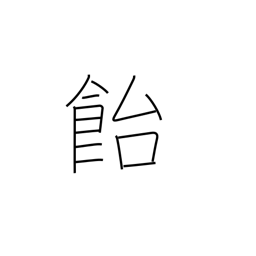
Meaning: candy